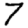
Digit: 7